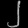
Digit: ၂